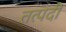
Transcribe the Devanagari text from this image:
तत्पदी